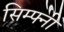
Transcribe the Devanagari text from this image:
सिम्फ्नी